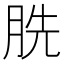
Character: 𮲫